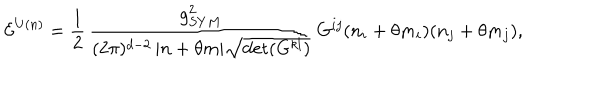
{ \cal E } ^ { U ( n ) } = \frac { 1 } { 2 } \, \frac { g _ { S Y M } ^ { 2 } } { ( 2 \pi ) ^ { d - 2 } \, | n + \theta m | \sqrt { \det ( G ^ { k l } ) } } \, G ^ { i j } ( n _ { i } + \theta m _ { i } ) ( n _ { j } + \theta m _ { j } ) ,